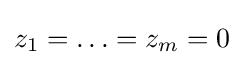
z_{1}=\ldots =z_{m}=0